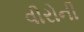
વીરોની